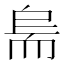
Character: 𱻱